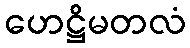
ဟေဋ္ဌိမတလံ